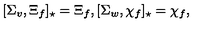
[ \Sigma _ { v } , \Xi _ { f } ] _ { \star } = \Xi _ { f } , [ \Sigma _ { w } , \chi _ { f } ] _ { \star } = \chi _ { f } ,